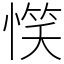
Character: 𢞖